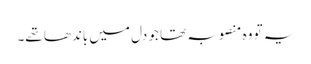
یہ تو وہ منصوبہ تھا جو دل میں باندھا تھے۔